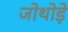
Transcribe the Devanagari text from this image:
जोथोड़े